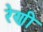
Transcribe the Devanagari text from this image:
रेणी